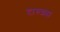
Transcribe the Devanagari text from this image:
दारुब्रह्म